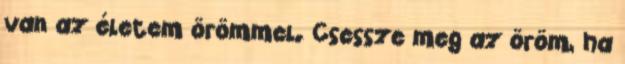
van az életem örömmel. Csessze meg az öröm, ha